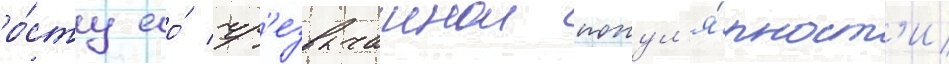
ро́сту ео́ чр'езвычаинои попул'я́рност'и